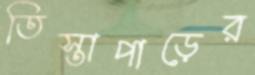
তিস্তাপাড়ের